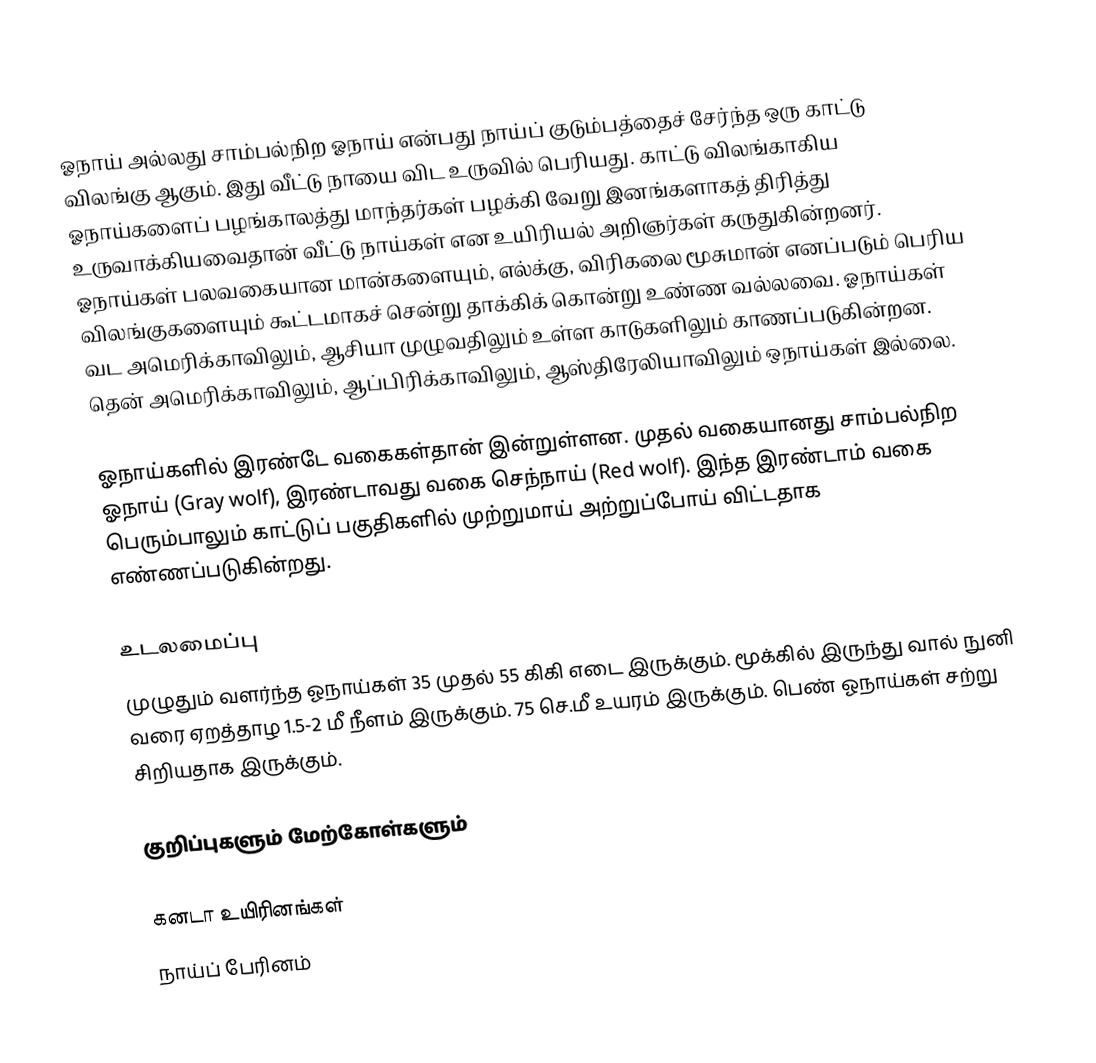
ஓநாய் அல்லது சாம்பல்நிற ஓநாய் என்பது நாய்ப் குடும்பத்தைச் சேர்ந்த ஒரு காட்டு விலங்கு ஆகும். இது வீட்டு நாயை விட உருவில் பெரியது.  காட்டு விலங்காகிய ஓநாய்களைப் பழங்காலத்து மாந்தர்கள் பழக்கி வேறு இனங்களாகத் திரித்து உருவாக்கியவைதான் வீட்டு நாய்கள் என உயிரியல் அறிஞர்கள் கருதுகின்றனர். ஓநாய்கள் பலவகையான மான்களையும், எல்க்கு, விரிகலை மூசுமான் எனப்படும் பெரிய விலங்குகளையும் கூட்டமாகச் சென்று தாக்கிக் கொன்று உண்ண வல்லவை. ஓநாய்கள் வட அமெரிக்காவிலும், ஆசியா முழுவதிலும் உள்ள காடுகளிலும் காணப்படுகின்றன. தென் அமெரிக்காவிலும், ஆப்பிரிக்காவிலும், ஆஸ்திரேலியாவிலும் ஒநாய்கள் இல்லை.

ஓநாய்களில் இரண்டே வகைகள்தான் இன்றுள்ளன. முதல் வகையானது சாம்பல்நிற ஓநாய் (Gray wolf), இரண்டாவது வகை செந்நாய் (Red wolf). இந்த இரண்டாம் வகை பெரும்பாலும் காட்டுப் பகுதிகளில் முற்றுமாய் அற்றுப்போய் விட்டதாக எண்ணப்படுகின்றது.

உடலமைப்பு
முழுதும் வளர்ந்த ஓநாய்கள் 35 முதல் 55 கிகி எடை இருக்கும். மூக்கில் இருந்து வால் நுனி வரை ஏறத்தாழ 1.5-2 மீ நீளம் இருக்கும். 75 செ.மீ உயரம் இருக்கும். பெண் ஓநாய்கள் சற்று சிறியதாக இருக்கும்.

குறிப்புகளும் மேற்கோள்களும்

கனடா உயிரினங்கள்
நாய்ப் பேரினம்